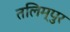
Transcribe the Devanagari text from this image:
तलिम्पुर